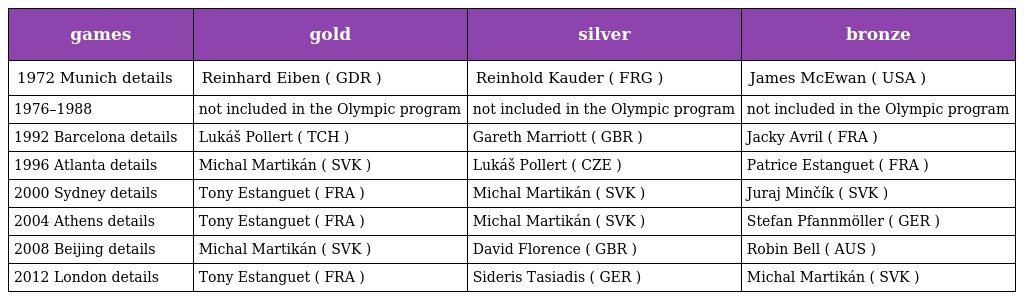
| games | gold | silver | bronze |
 | --- | --- | --- | --- |
 | 1972 Munich details | Reinhard Eiben ( GDR ) | Reinhold Kauder ( FRG ) | James McEwan ( USA ) |
 | 1976–1988 | not included in the Olympic program | not included in the Olympic program | not included in the Olympic program |
 | 1992 Barcelona details | Lukáš Pollert ( TCH ) | Gareth Marriott ( GBR ) | Jacky Avril ( FRA ) |
 | 1996 Atlanta details | Michal Martikán ( SVK ) | Lukáš Pollert ( CZE ) | Patrice Estanguet ( FRA ) |
 | 2000 Sydney details | Tony Estanguet ( FRA ) | Michal Martikán ( SVK ) | Juraj Minčík ( SVK ) |
 | 2004 Athens details | Tony Estanguet ( FRA ) | Michal Martikán ( SVK ) | Stefan Pfannmöller ( GER ) |
 | 2008 Beijing details | Michal Martikán ( SVK ) | David Florence ( GBR ) | Robin Bell ( AUS ) |
 | 2012 London details | Tony Estanguet ( FRA ) | Sideris Tasiadis ( GER ) | Michal Martikán ( SVK ) |